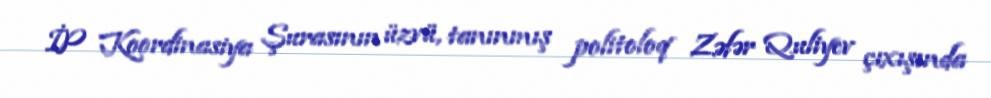
İP Koordinasiya Şurasının üzvü, tanınmış politoloq Zəfər Quliyev çıxışında